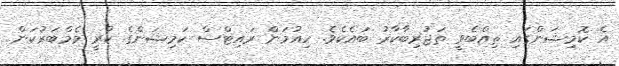
އެ ކޮމިޝަންގައި ތިއްބެވީ ތަޖުރިބާކާރު ބައެކެވެ. ހިއުމަން ރައިޓްސް ކަމިޝަންގެ ކުރީ މެމްބަރުކަން